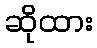
ဆိုထား